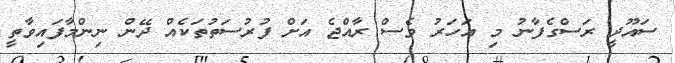
ސައޫދީ ރަސްގެފާނު މި އަހަރު ވެސް ރާއްޖެ އަށް ފުރުސަތުތަކެއް ދޭން ނިންމާފައިވާތީ